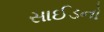
સાઈડનો